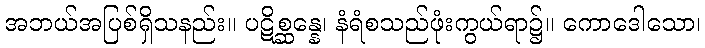
အဘယ်အပြစ်ရှိသနည်း။ ပဋိစ္ဆန္နေ၊ နံရံစသည်ဖုံးကွယ်ရာ၌။ ကောဒေါသော၊